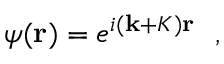
\begin{array} { r } { \psi ( { \bf r } ) = e ^ { i ( { \bf k } + { \cal K } ) { \bf r } } ~ ~ , } \end{array}